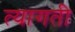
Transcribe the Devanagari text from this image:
त्यागती